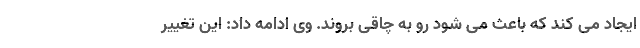
ایجاد می کند که باعث می شود رو به چاقی بروند. وی ادامه داد: این تغییر